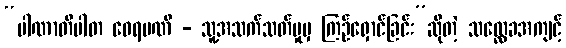
“ပါဏာတိပါတ ဝေရမဏီ - သူ့အသက်သတ်မှုမှ ကြဉ်ရှောင်ခြင်း”ဆိုတဲ့ သလ္လေခအကျင့်